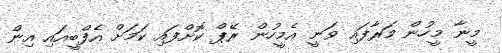
މީނާ މީހުން މަރާފައި ވަނީ އެމީހުން ރޭޕް ކޮށްފައި ކަމަށް އެފްބީއައި އިން